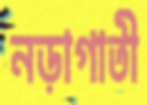
নড়াগাতী